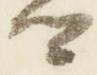
卿